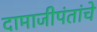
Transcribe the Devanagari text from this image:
दामाजीपंतांचे